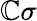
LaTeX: \mathbb{C}\sigma